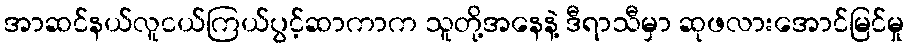
အာဆင်နယ်လူငယ်ကြယ်ပွင့်ဆာကာက သူတို့အနေနဲ့ ဒီရာသီမှာ ဆုဖလားအောင်မြင်မှု